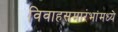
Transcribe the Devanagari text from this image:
विवाहसमारंभांमध्ये